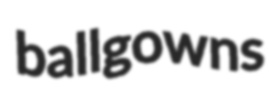
ballgowns